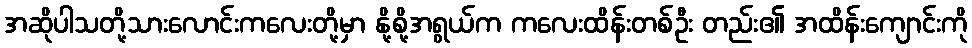
အဆိုပါသတို့သားလောင်းကလေးတို့မှာ နို့စို့အရွယ်က ကလေးထိန်းတစ်ဦး တည်း၏ အထိန်းကျောင်းကို